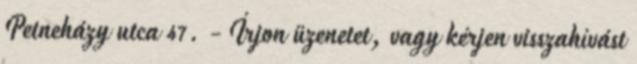
Petneházy utca 47. - Írjon üzenetet, vagy kérjen visszahívást